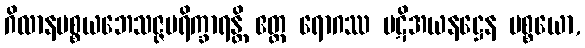
ဂိလာနပစ္စယဘေသဇ္ဇပရိက္ခာရန္တိ ဧတ္ထ ရောဂဿ ပဋိအယနဋ္ဌေန ပစ္စယော,